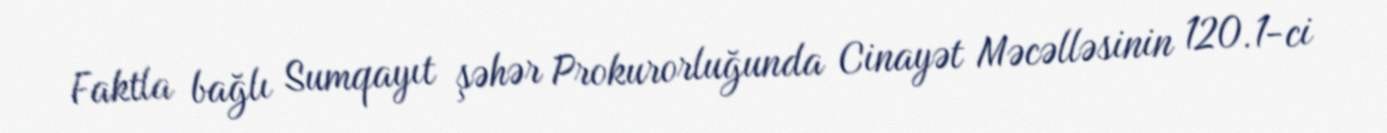
Faktla bağlı Sumqayıt şəhər Prokurorluğunda Cinayət Məcəlləsinin 120.1-ci